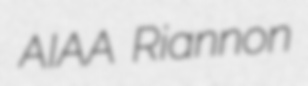
AIAA Riannon